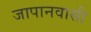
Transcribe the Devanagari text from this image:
जापानवासी